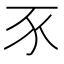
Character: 𧰧